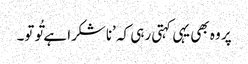
پر وہ بھی یہی کہتی رہی کہ ’ناشکرا ہے تُو تو۔